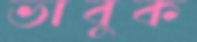
ভাবুক